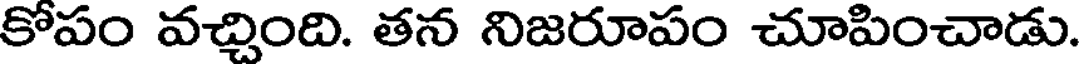
కోపం వచ్చింది. తన నిజరూపం చూపించాడు.